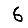
Digit: 6